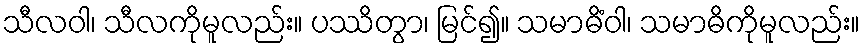
သီလဝါ၊ သီလကိုမူလည်း။ ပဿိတွာ၊ မြင်၍။ သမာဓိံဝါ၊ သမာဓိကိုမူလည်း။